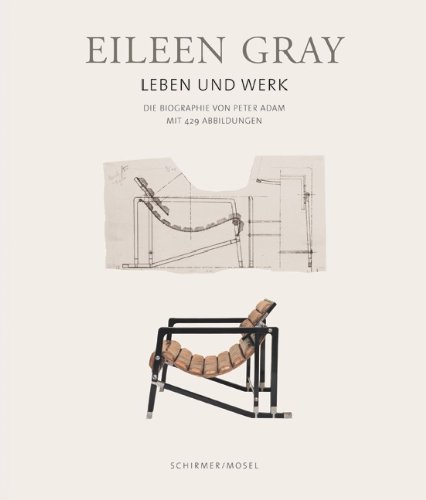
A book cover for Eileen Gray: Her Life and Her Work. The Ultimate Biography; Peter Adam; Arts & Photography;